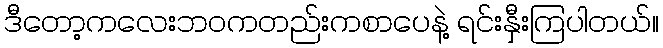
ဒီတော့ကလေးဘဝကတည်းကစာပေနဲ့ ရင်းနှီးကြပါတယ်။